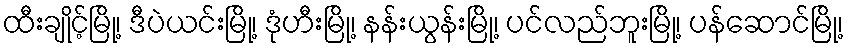
ထီးချိုင့်မြို့၊ ဒီပဲယင်းမြို့၊ ဒုံဟီးမြို့၊ နန်းယွန်းမြို့၊ ပင်လည်ဘူးမြို့၊ ပန်ဆောင်မြို့၊